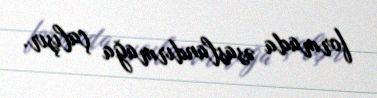
formada əsaslandırmağa çalışır.